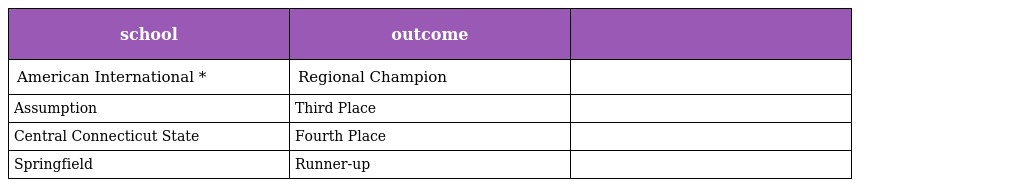
| school | outcome |  |
 | --- | --- | --- |
 | American International * | Regional Champion |  |
 | Assumption | Third Place |  |
 | Central Connecticut State | Fourth Place |  |
 | Springfield | Runner-up |  |